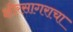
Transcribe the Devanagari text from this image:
क्षीरसागराचा